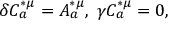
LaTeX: \delta C _ { a } ^ { * \mu } = A _ { a } ^ { * \mu } , \; \gamma C _ { a } ^ { * \mu } = 0 ,